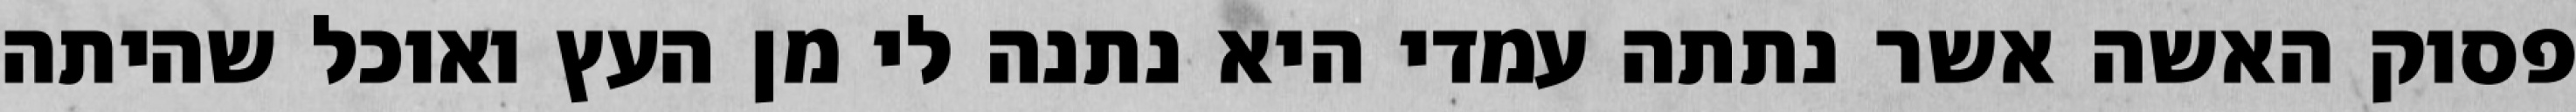
פסוק האשה אשר נתתה עמדי היא נתנה לי מן העץ ואוכל שהיתה